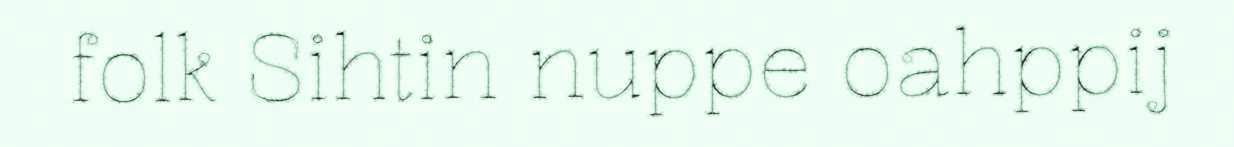
folk Sihtin nuppe oahppij